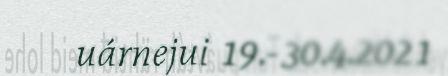
uárnejui 19.-30.4.2021